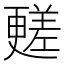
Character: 𣍏